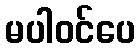
မပါဝင်ပေ